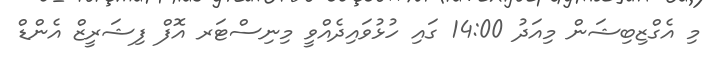
މި އެގްޒިބިޝަން މިއަދު 14:00 ގައި ހުޅުވައިދެއްވީ މިނިސްޓަރ އޮފް ފިޝަރީޒް އެންޑް